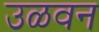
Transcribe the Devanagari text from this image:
उळवन